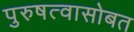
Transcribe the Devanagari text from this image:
पुरुषत्वासोबत